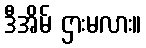
ဒီအိမ် ဌားမလား။